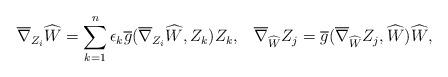
LaTeX: \begin{align*} &\overline{\nabla}_{Z_{i}}\widehat{W}=\sum_{k=1}^{n}\epsilon_{k}\overline{g}( \overline{\nabla}_{Z_{i}}\widehat{W},Z_{k})Z_{k},\;\;\;\overline{\nabla}_{\widehat{W}}Z_{j}=\overline{g}(\overline{\nabla}_{\widehat{W}}Z_{j}, \widehat{W})\widehat{W},\end{align*}